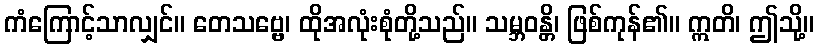
ကံကြောင့်သာလျှင်။ တေသဗ္ဗေ၊ ထိုအလုံးစုံတို့သည်။ သမ္ဘဝန္တိ၊ ဖြစ်ကုန်၏။ ဣတိ၊ ဤသို့။